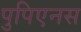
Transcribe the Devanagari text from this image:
पुपिएनस